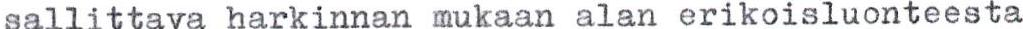
sallittava harkinnan mukaan alan erikoisluonteesta